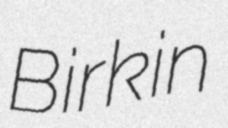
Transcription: Birkin